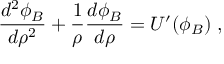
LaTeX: \frac { d ^ { 2 } \phi _ { B } } { d \rho ^ { 2 } } + \frac { 1 } { \rho } \frac { d \phi _ { B } } { d \rho } = U ^ { \prime } ( \phi _ { B } ) \; ,